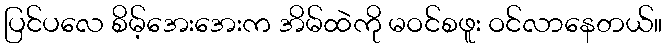
ပြင်ပလေ စိမ့်အေးအေးက အိမ်ထဲကို မဝင်စဖူး ဝင်လာနေတယ်။